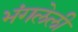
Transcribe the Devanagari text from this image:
भंगलेली